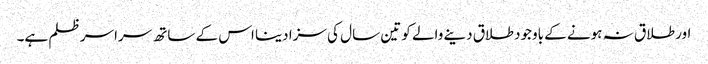
اور طلاق نہ ہونے کے باوجود طلاق دینے والے کو تین سال کی سزا دینا اس کے ساتھ سراسر ظلم ہے۔